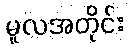
မူလအတိုင်း